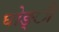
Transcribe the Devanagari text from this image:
घोङ्ी